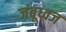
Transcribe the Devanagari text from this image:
जंबूध्वज